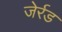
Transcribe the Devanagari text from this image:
जेर्रड